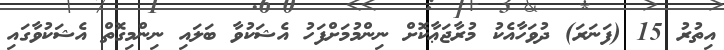
އިތުރު 15 (ފަނަރަ) ދުވަހާއެކު މުރާޖަޢާކޮށް ނިންމުމަށްފަހު އެޝަކުވާ ބަލައި ނިންމިގޮތް އެޝަކުވާގައި